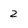
Character: 2